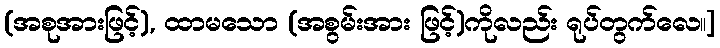
(အစုအားဖြင့်), ထာမသော (အစွမ်းအား ဖြင့်)ကိုလည်း ရုပ်တွက်လေ။]